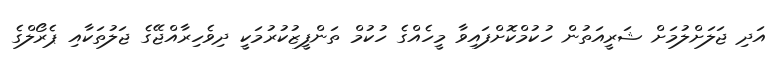
އަދި ޖަލަށްލުމަށް ޝަރީއަތުން ހުކުމްކޮށްފައިވާ މީހެއްގެ ހުކުމް ތަންފީޒުކުރުމަކީ ދިވެހިރާއްޖޭގެ ޖަލުތަކާއި ޕެރޯލްގެ